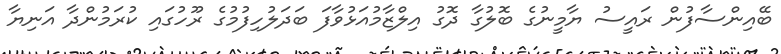
ބޭއިންސާފުން ރައީސު ޔާމީނުގެ ބޮލުގާ ދޮގު އިލްޒާމުއަޅުވާފަ ބަދަލުހިފުމުގެ ރޫހުގައި ކުރަމުންދާ އަނިޔާ